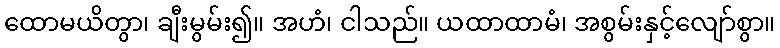
ထောမယိတွာ၊ ချီးမွမ်း၍။ အဟံ၊ ငါသည်။ ယထာထာမံ၊ အစွမ်းနှင့်လျော်စွာ။